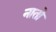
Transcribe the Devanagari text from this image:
नातो